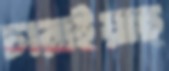
চারাইয়াছ